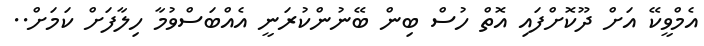
އެމްވީކޭ އަށް ދޫކޮށްފައި އޮތް ހުސް ބިން ބޭނުންކުރަނީ އެއްބަސްވުމާ ހިލާފަށް ކަމަށް..